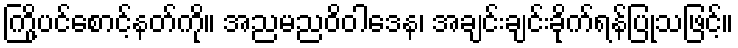
ကြို့ပင်စောင့်နတ်ကို။ အညမညဝိဝါဒေန၊ အချင်းချင်းခိုက်ရန်ပြုသဖြင့်။